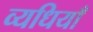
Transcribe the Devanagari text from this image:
व्यधियाँ